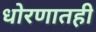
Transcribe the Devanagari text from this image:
धोरणातही